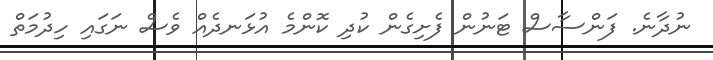
ނުދާނެ. ފަންސާސް ޓަނުން ފެށިގެން ކުދި ކޮންމެ އުޅަނދެއް ވެސް ނަގައި ހިދުމަތް